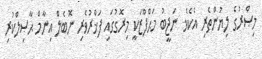
މިޞްރުގެ ލިޔުންތެރި އެކެވެ. ނަޖީބު މަޙްފޫޒަކީ މިރޮގުގައި ފަޚްރުވެރި ނޮބެލް އިނާމް ޙާޞިލްކުރި